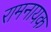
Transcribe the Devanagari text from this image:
रामनायक